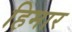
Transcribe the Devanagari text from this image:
हिमार